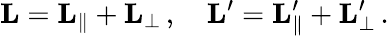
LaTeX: \mathbf{L}=\mathbf{L}_{\parallel}+\mathbf{L}_{\perp}\, ,\quad\mathbf{L}^{\prime}=\mathbf{L}_{\parallel}^{\prime}+\mathbf{L}_{\perp}^{\prime}\, .